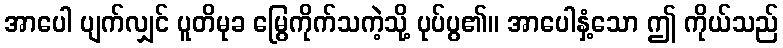
အာပေါ ပျက်လျှင် ပူတိမုခ မြွေကိုက်သကဲ့သို့ ပုပ်ပွ၏။ အာပေါနှံ့သော ဤ ကိုယ်သည်